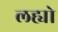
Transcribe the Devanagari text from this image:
लह्यो